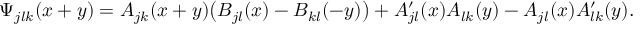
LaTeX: \Psi _ { j l k } ( x + y ) = A _ { j k } ( x + y ) \big ( B _ { j l } ( x ) - B _ { k l } ( - y ) \big ) + A \sp \prime _ { j l } ( x ) A _ { l k } ( y ) - A _ { j l } ( x ) A \sp \prime _ { l k } ( y ) .